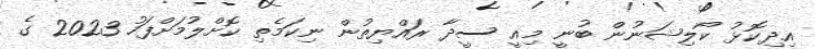
އިދިކޮޅު ކޯލިޝަނުން ބުނީ މިއީ ސީދާ ރައްޔިތުން ނިކަމެތި ކޮށްލުމަށްފަހު 2023 ގެ